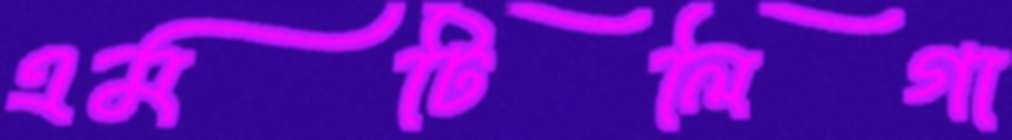
এমটিলিগা